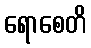
ရောစေတိ